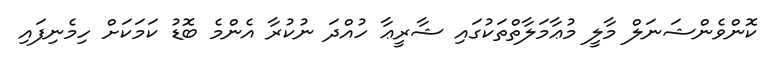
ކޮންވެންޝަނަލް މާލީ މުޢާމަލާތްތަކުގައި ޝާރީޢާ ހުއްދަ ނުކުރާ އެންމެ ބޮޑު ކަމަކަށް ހިމެނިފައި